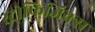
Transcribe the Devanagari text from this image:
स्ट्रोफिजिक्स